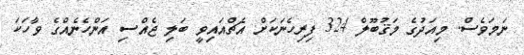
ނަމަވެސް. މިއަދުގެ މަޤުބޫލް 324 ފިރިހެނަކަށް އެޗްއައިވީ ބަލި ޖެއްސި އަންހެނެއްގެ ވާހަކަ